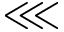
\lll